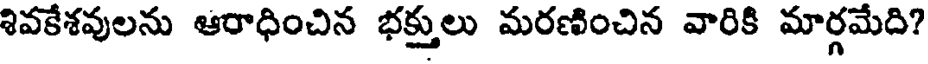
శివకేశవులను ఆరాధించిన భక్తులు మరణించిన వారికి మార్గమేది?